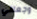
وجعلني